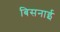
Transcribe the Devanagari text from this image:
बिसनाई